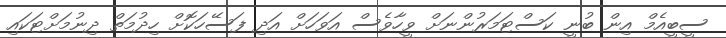
ސީބީއެމް އިން ބުނީ ކަސްޓަމަރުންނަށް ވީހާވެސް އަވަހަށް އަދި ފަސޭހަކޮށް ހިދުމަތް ދިނުމަށްޓަކައި